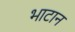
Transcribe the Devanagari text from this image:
भाटान